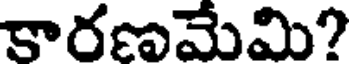
కారణమేమి?